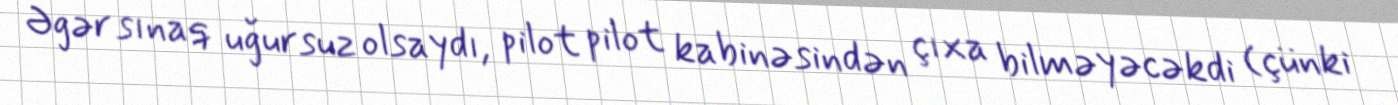
Əgər sınaq uğursuz olsaydı, pilot pilot kabinəsindən çıxa bilməyəcəkdi (çünki